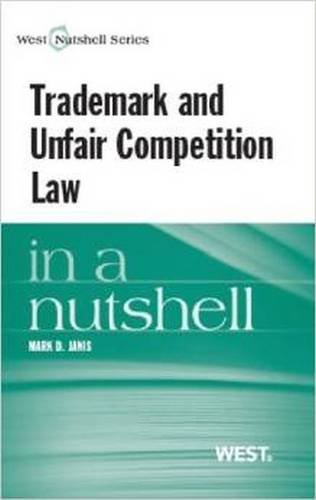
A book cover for Trademark and Unfair Competition in a Nutshell; Mark Janis; Law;